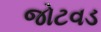
જોટવડ